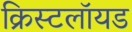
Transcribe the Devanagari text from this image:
क्रिस्टलॉयड